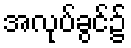
အလုပ်ခွင်၌